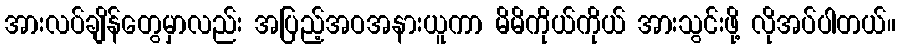
အားလပ်ချိန်တွေမှာလည်း အပြည့်အဝအနားယူကာ မိမိကိုယ်ကိုယ် အားသွင်းဖို့ လိုအပ်ပါတယ်။